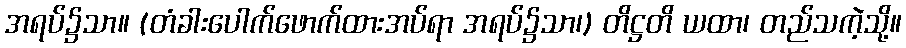
အရပ်၌သာ။ (တံခါးပေါက်ဖောက်ထားအပ်ရာ အရပ်၌သာ၊) တိဋ္ဌတိ ယထာ၊ တည်သကဲ့သို့။